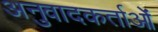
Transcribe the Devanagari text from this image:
अनुवादकर्ताओं